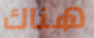
هناك